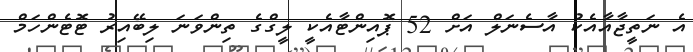
އެ ނަތީޖާއާއެކު އާސެނަލް އަށް 52 ޕޮއިންޓާއެކީ ލީގްގެ ތިންވަނަ ލިބޭއިރު ޓޮޓެންހަމް